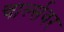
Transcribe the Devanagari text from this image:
चार्ल्सवर